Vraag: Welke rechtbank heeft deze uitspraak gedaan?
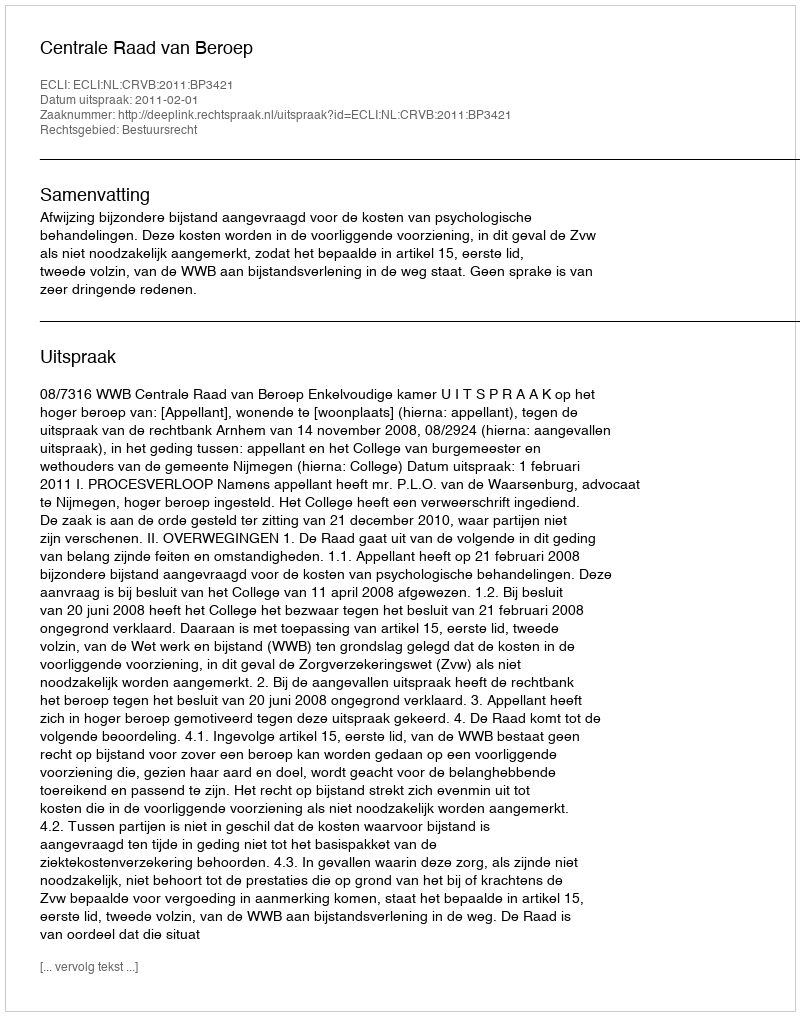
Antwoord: Centrale Raad van Beroep